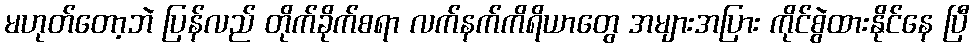
မဟုတ်တော့ဘဲ ပြန်လည် တိုက်ခိုက်စရာ လက်နက်ကိရိယာတွေ အများအပြား ကိုင်စွဲထားနိုင်နေ ပြီ